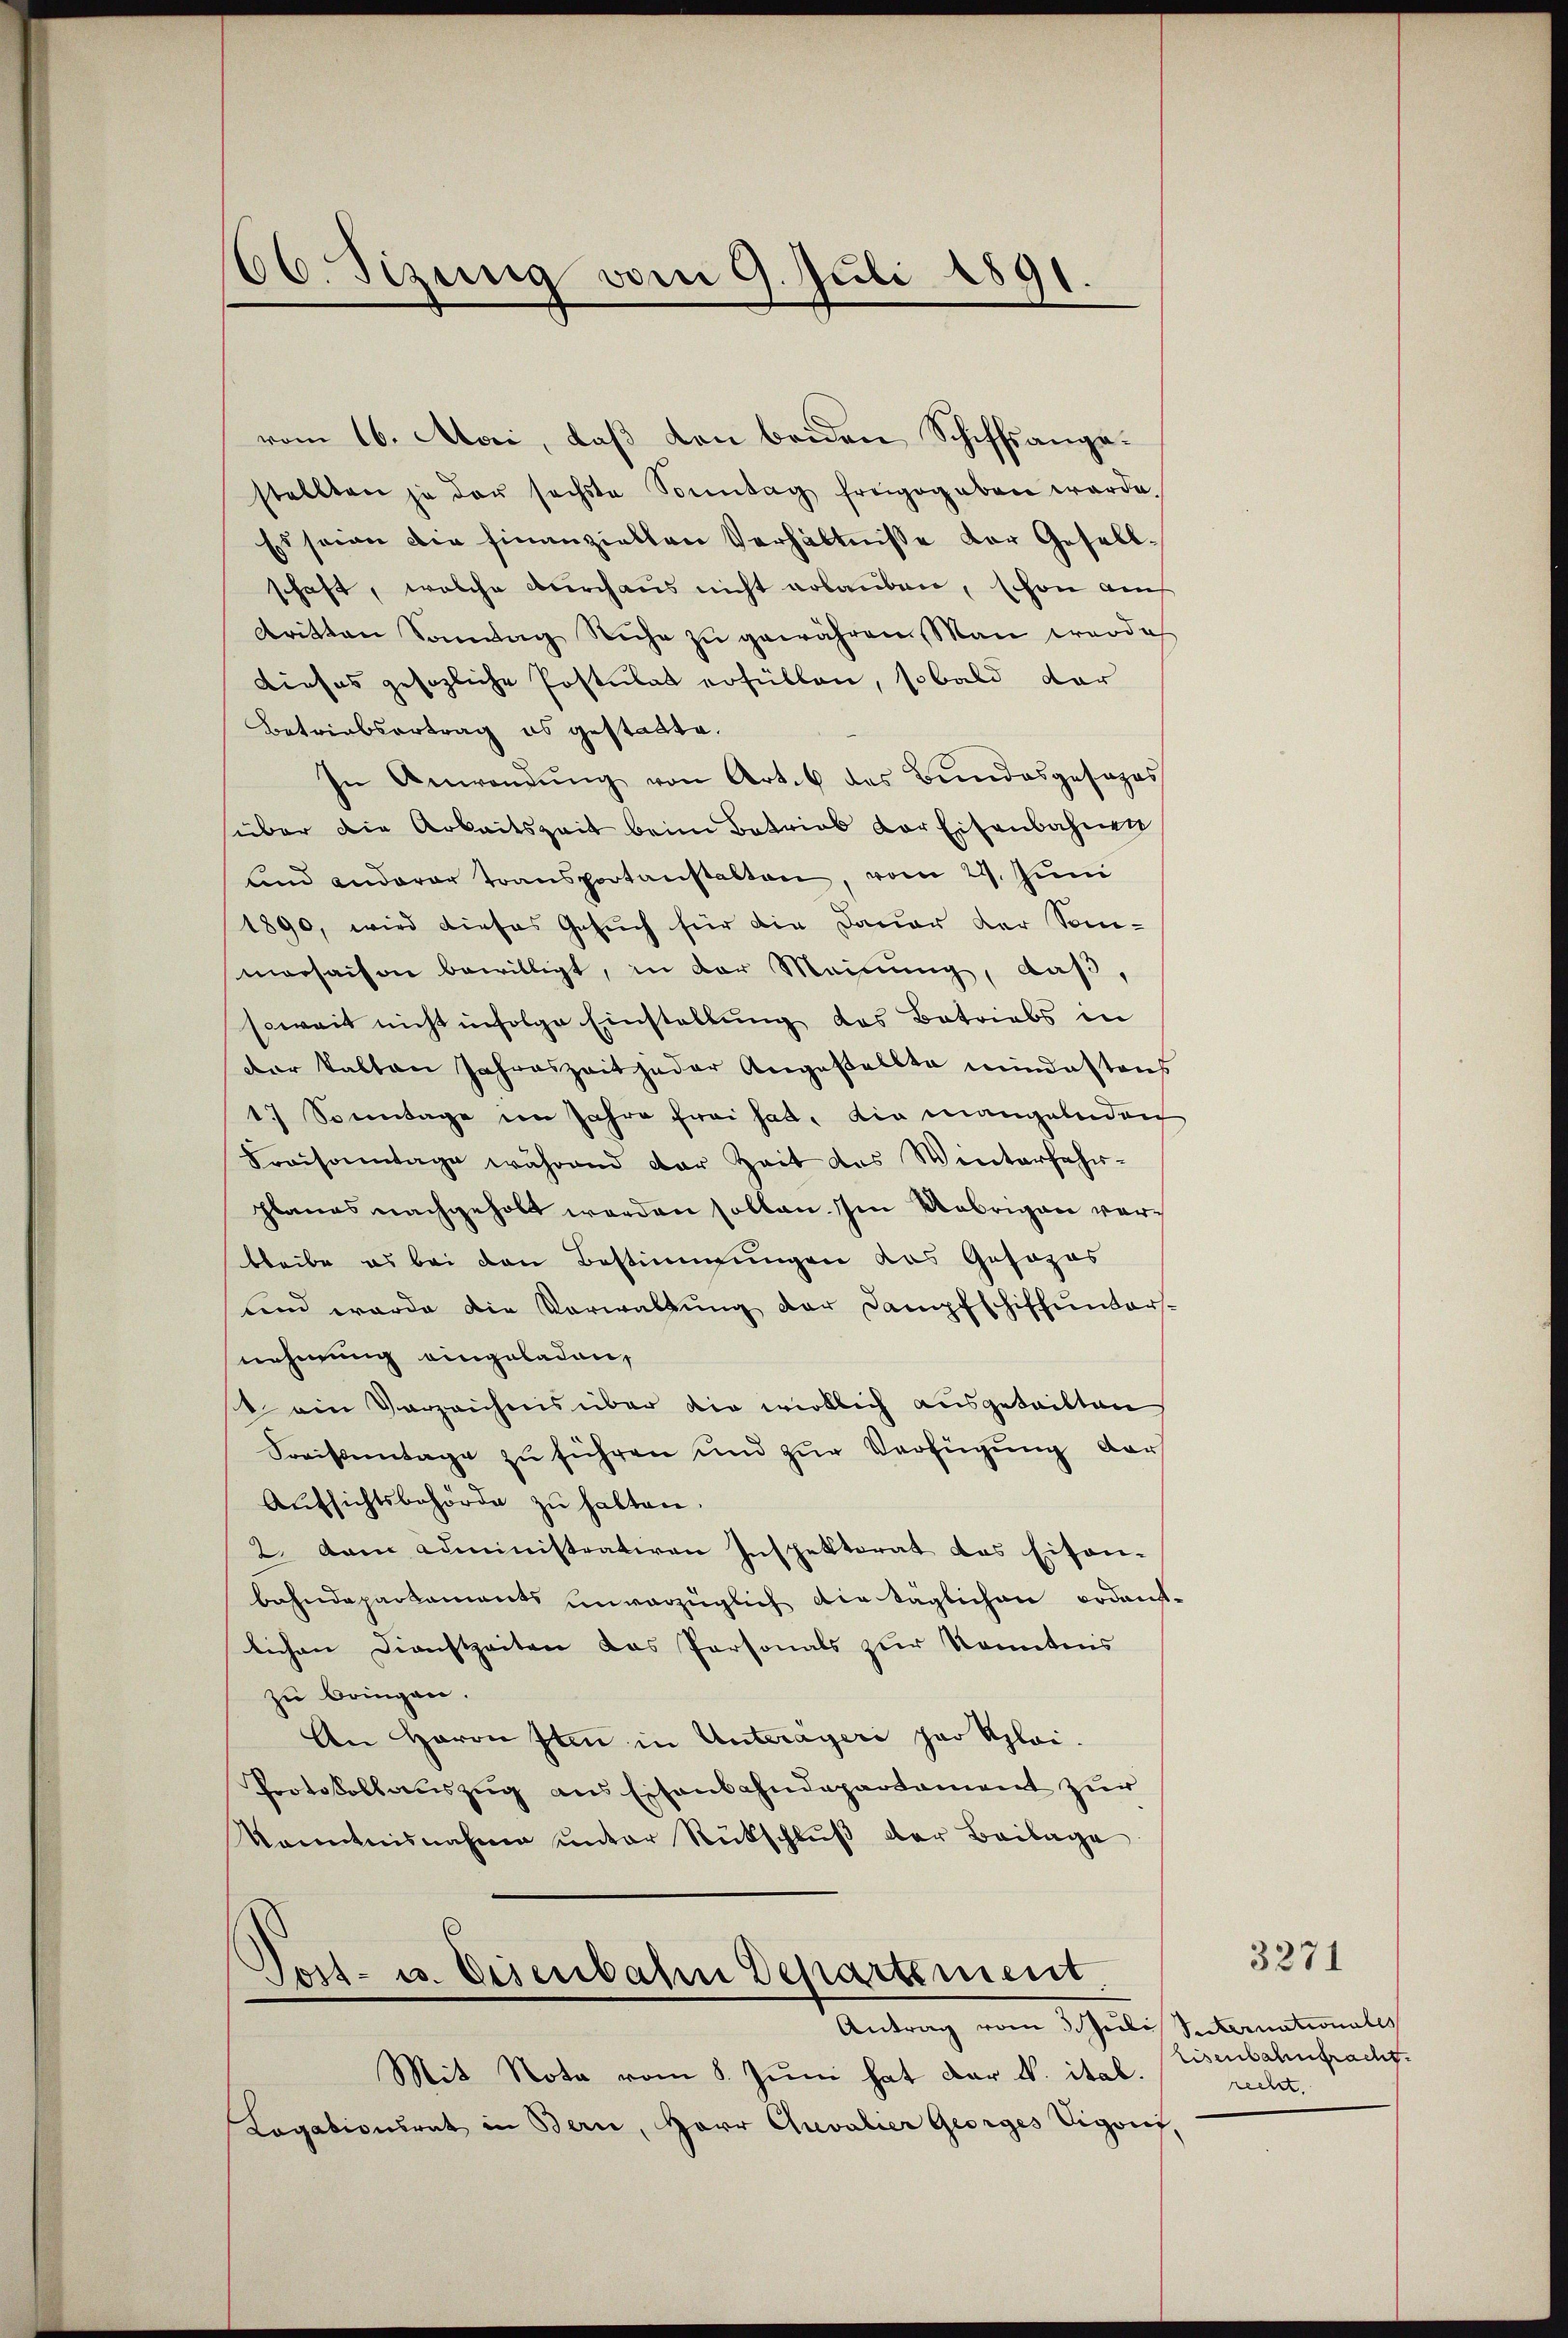
66. Sizung vom 9. Juli 1891.

vom 16. Mai, daß den beiden Schiffsangastellten ja der sechste Sonntag freigegeben werde.
Es sein die finanziellen Verhältnisse der Gesellschaft, welche durchaus nicht erlauben, schon auf
dritten Sonntag Ruhe zu gewähren, Man werde
Dieses gesezliche Postulat erfüllen, sobald dar
Betriebsertrag es gestatte.
In Anwendŭng von Art. 6 des Bundesgesages
über die Arbeitszeit beim Betrieb vor Eisenbahnen
und anderer transportanstalten, vom 23. Juni
1890, wird dieses Gesuch für die Dauer der Som-
morsaison bewilligt, in der Meinung, daß,
soweit nicht infolge Einstellung des Betriebs in
der kalten Jahreszeit jeder Angestellte mindestens
1 Sonntage im Jahre frei hat. die mangelnden
Praisonntage während der Zeit des Winterfahr-
planes nachgeholt werden sollen. Im Uebrigen verbleibe es bei den Bestimmungen das Gesopos
und wurde die Vorwaltung der Dampfschiffunters-
nehmung eingeladen,
t ein Verzeichnis über die wirklich ausgeteilten
Kreissertage zu führen und zur Verfügung dar
Aŭfsichtsbehörde zŭ halten.
2. dann Administrativen Inspektorat das Eisen-
bahndepartaments unvorzüglich die täglichen Bodent
lichen Dienstzeiten das Personals zur Kenntnis
zu bringen.
An Herrn Iten in Unterageri par Klei-
Protokollauszug aus Eisenbahndepartament zur
kanntnisnahme unter Rückschlŭβ der Beilage
6

Post- u. Eisenbahn Departement.
Antrag vom 3. Juli Suternationales

Mit Nota vom 8. Jŭni hat der N. ital.
Logationsrat in Bern, Herr Chevalier Georges Vigant,

3271

Eisenbahnfracht.
recht.